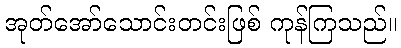
အုတ်အော်သောင်းတင်းဖြစ် ကုန်ကြသည်။